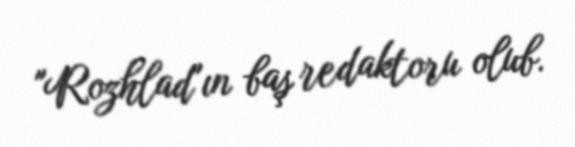
"Rozhlad"ın baş redaktoru olub.